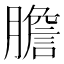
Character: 膽